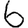
Digit: 6